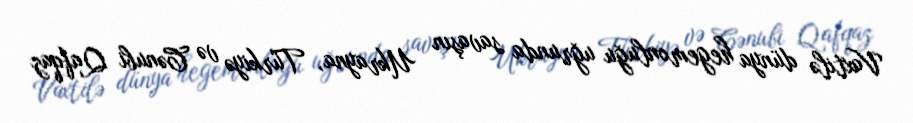
Vaxtilə dünya hegemonluğu uğrunda savaşın Ukrayna, Türkiyə və Cənubi Qafqaz